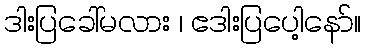
ဒါးပြခေါ်မလား ၊ ဧဒါးပြပေါ့နော်။